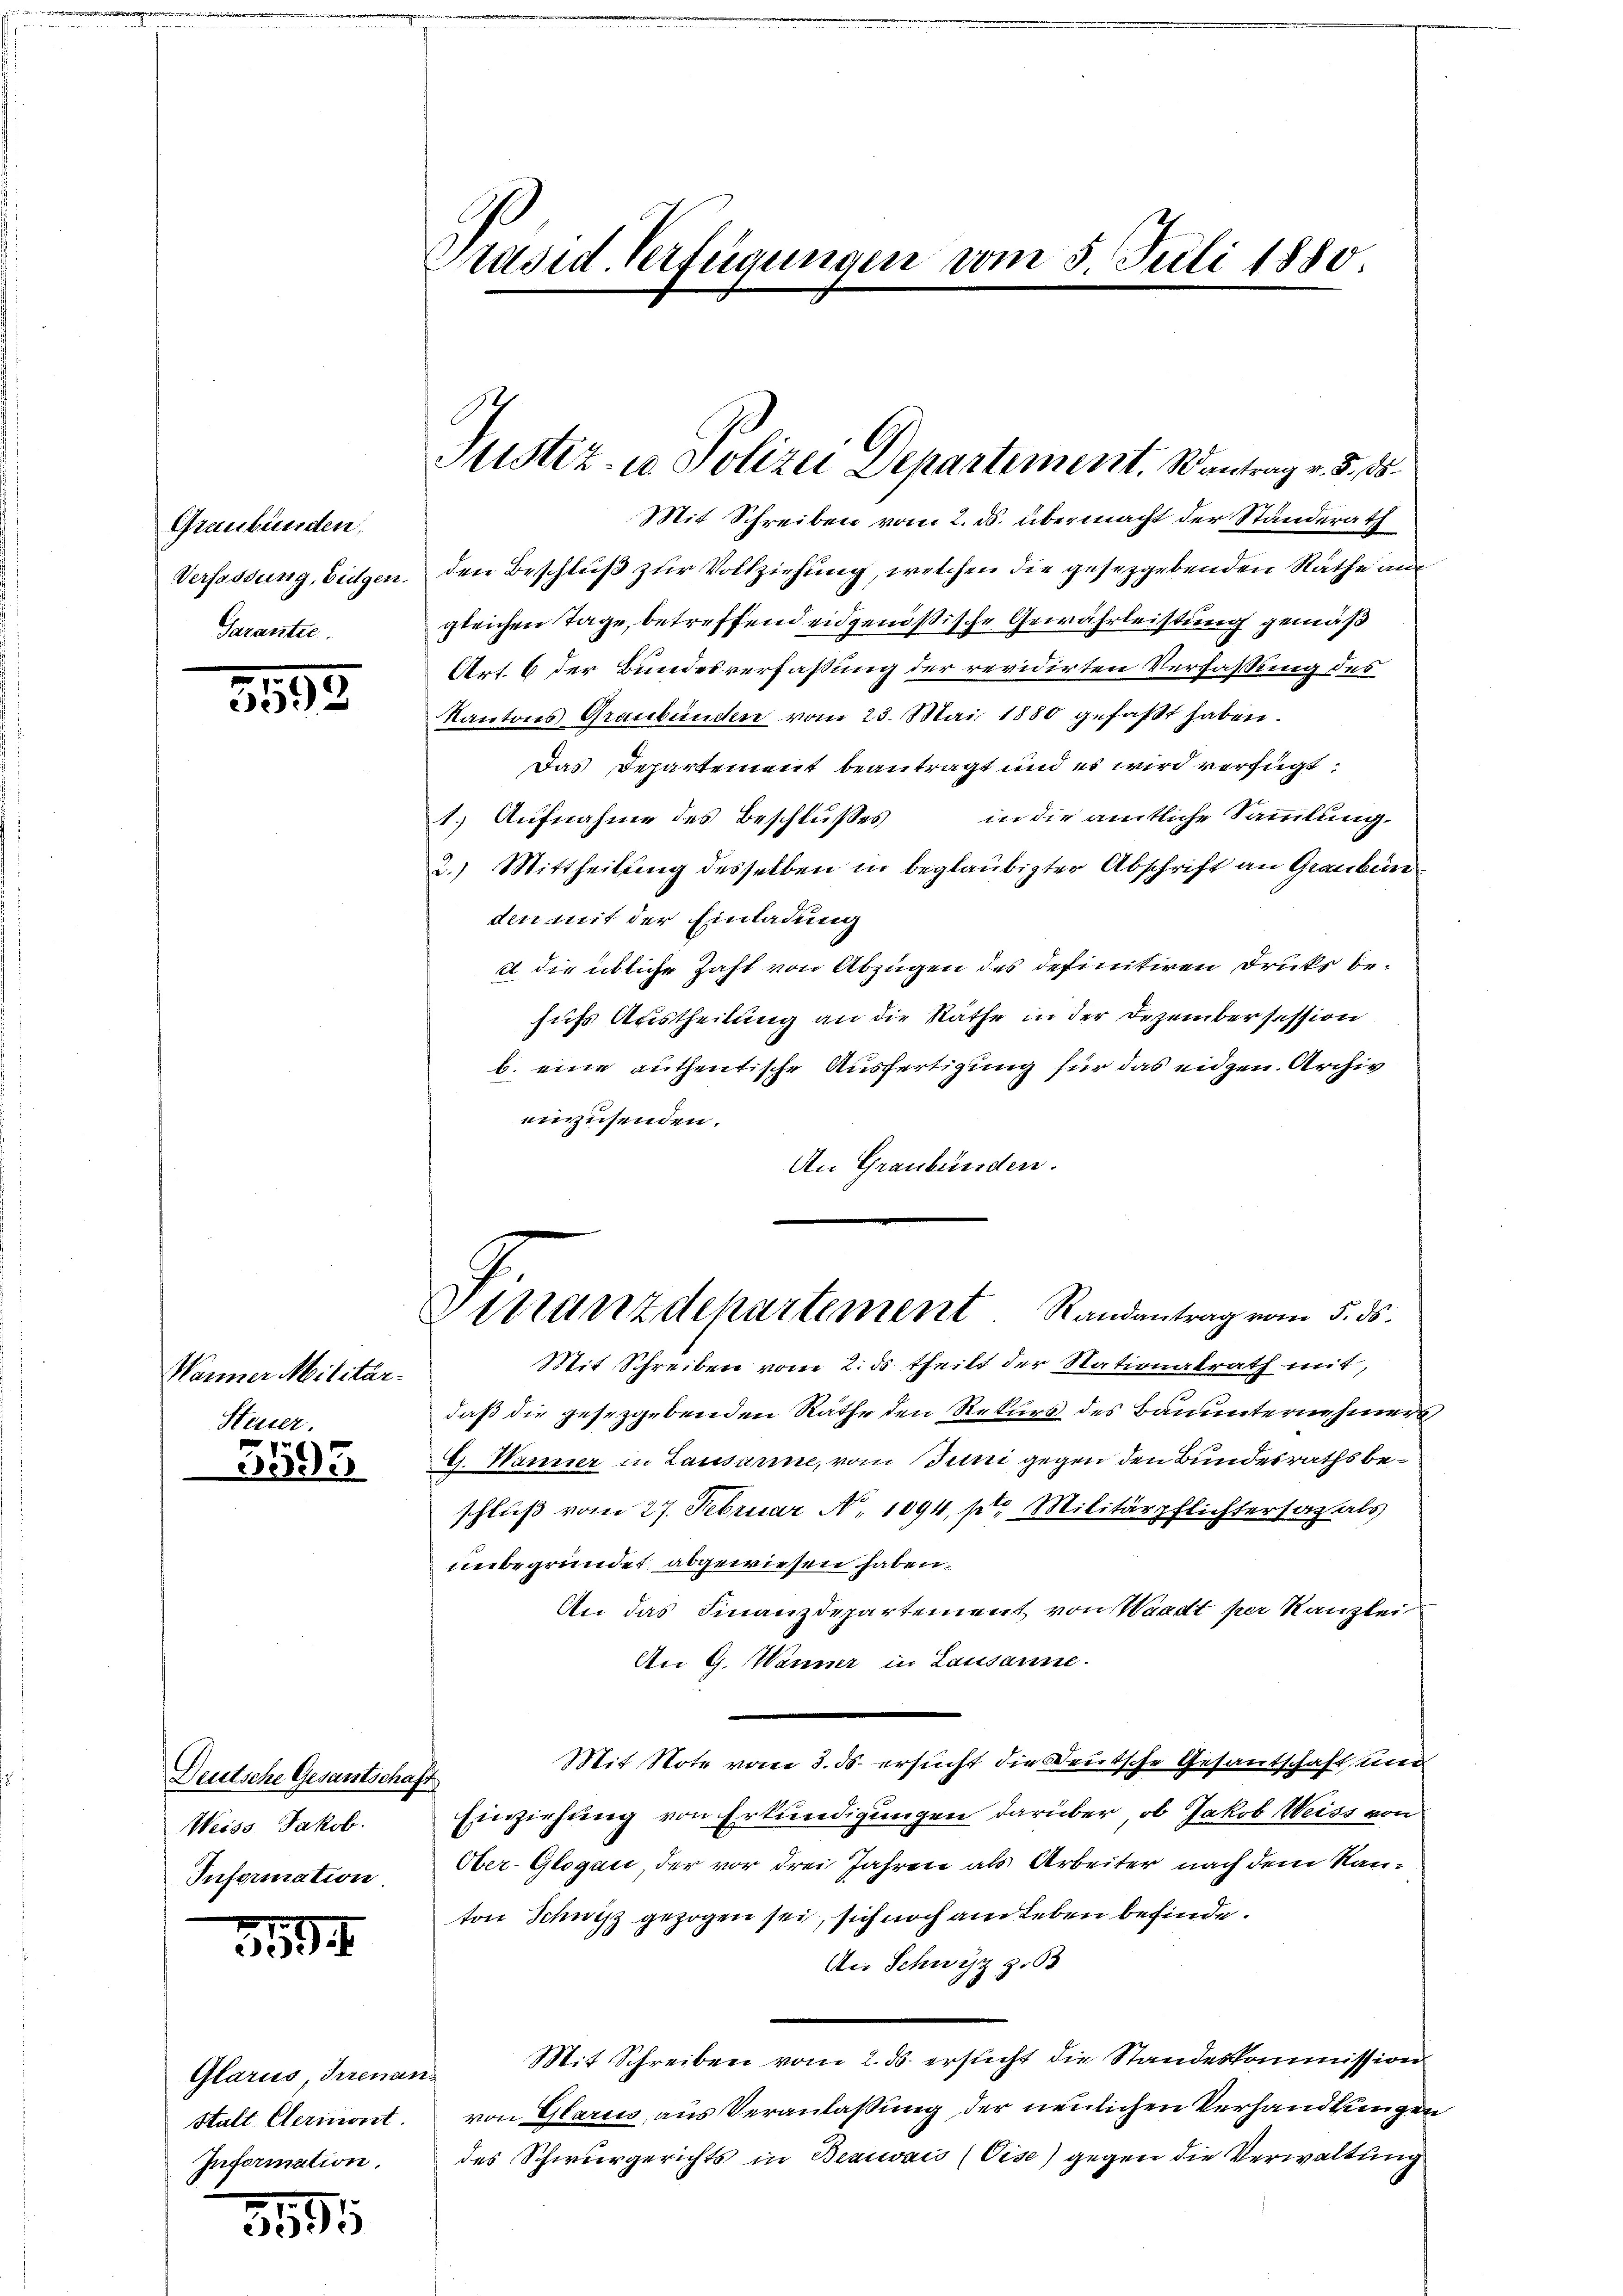
Graubünden,
Verfassung, Eidgen.
Garantie.

3595

Wanner Militär.
Steuer.
e

3395

Deutsche Gesantschaft
Weiss, Jakob.
Information.

5594.

Glarus Irrenan
Statt Clermont.
Information.

3195

Präsid. Verfügungen vom 5. Juli 1880.

Justiz- u Polizei Departiment. Wantrag v. 5. ds.

Mit Schreiben vom 2. ds. übermacht der Standerath
den Beschluß zur Vollziehung, welchen die gesetzgebenden Räthe am
gleichen Tage, betreffend eidgenößische Gewährleistung gemäß
Art. 6 der Bundesverfassung der revidirten Verfassung der
Kantons Graubünden vom 23. Mai 1880 gefaßt haben.
Das Departement beantragt und es wird verfügt:
1.) Aufnahme des Beschlusses in die amtliche Sammlung.
2.) Mittheilung desselben in beglaubigter Abschrift an Graubünden mit der Einladung
2 die übliche Zahl von Abzügen des definitiven Druks behufs Austheilung an die Räthe in der Dezember session
b. eine authentische Ausfertigung für das eidgen. Archiv
einzusenden.
An Graubünden.

Mit Schreiben vom 2. ds. theilt der Nationalrath mit,
daß die gesetzgebenden Räthe den Rekurs des Bauunternehmers,
G. Wanner in Lausarme, vom Juni gegen den Bundesrathsbeschluß vom 27. Februar No 1094, pt. Militärpflichtersaz als
unbegründet abgewiesen haben.
An das Finanzdepartement von Waadt per Kanzlei
An G. Wanner in Lausanne.
Mit Note vom 3. ds. ersucht die Deutsche Gesantschaft und
Einziehung von Erkundigungen darüber, ob Jakob Weiss von
Ober-Glogau, der vor drei Jahren als Arbeiter nach dem Kanton Schnitz gezogen sei, sich noch am Leben befinde.
An Schwyz z. 63
Mit Schreiben vom 2. ds. ersucht die Standeskommission
von Glarus, aus Veranlaßung der neulichen Verhandlungen
des Schwurgerichts in Beauvais (Vise) gegen die Verwaltung

Ettranz dchartement. Randantrag vom 5. ds.